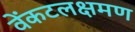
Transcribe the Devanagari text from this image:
वेंकटलक्षमण